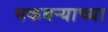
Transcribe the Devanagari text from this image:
मकबऱ्याच्या